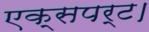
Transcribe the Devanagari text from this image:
एक्सपर्ट।